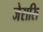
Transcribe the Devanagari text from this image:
जेरासि